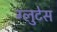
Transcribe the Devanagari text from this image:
ग्लुटेस